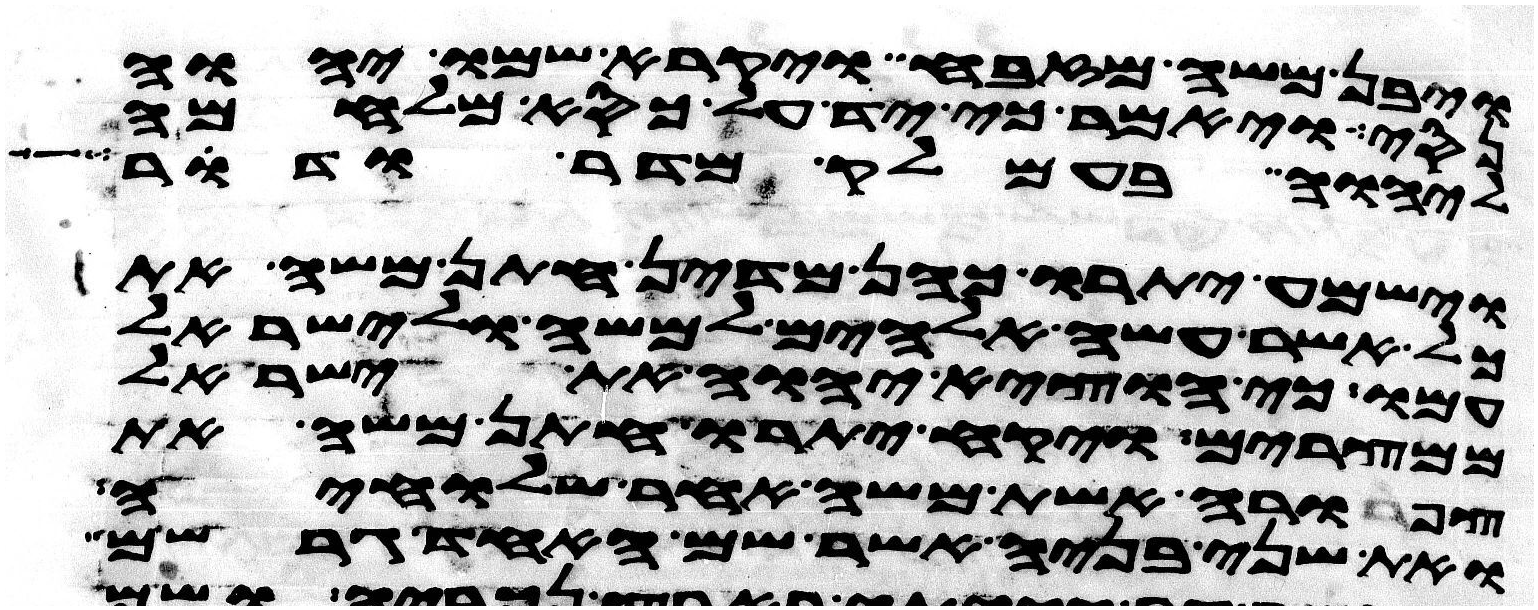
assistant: ויבן משה מזבח ויקרא שמו יהוה
נסי ויאמר כי יד על כסא מלחמה
ליהוה בעמלק מדר ודר
וישמע יתרו כהן מדין חתן משה את
כל אשר עשה אלהים למשה ולישראל
עמו כי הוציא יהוה את ישראל
ממצרים ויקח יתרו חתן משה את
צפורה אשת משה אחר שלחיה
ואת שני בניה אשר שם האחד גרשם